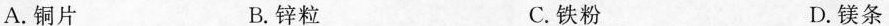
A.铜片 B.锌粒 C.铁粉 D.镁条